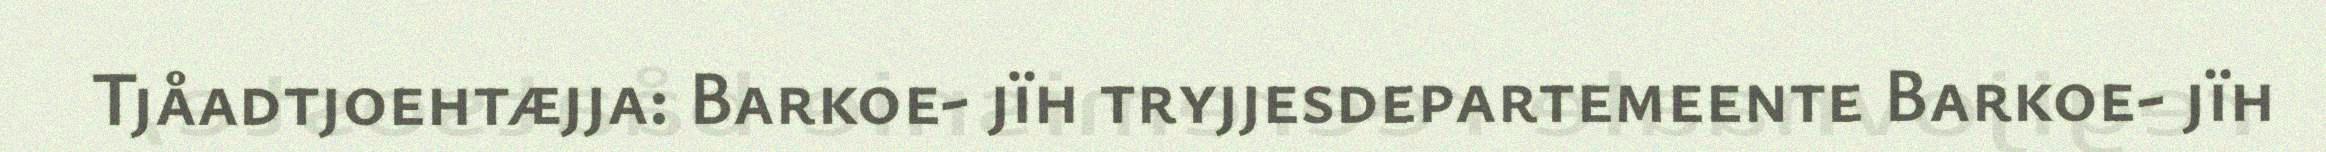
Tjåadtjoehtæjja: Barkoe- jïh tryjjesdepartemeente Barkoe- jïh